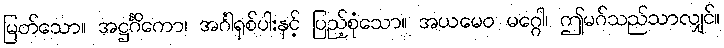
မြတ်သော။ အဋ္ဌင်္ဂိကော၊ အင်္ဂါရှစ်ပါးနှင့် ပြည့်စုံသော။ အယမေဝ မဂ္ဂေါ၊ ဤမဂ်သည်သာလျှင်။